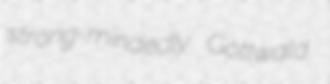
strong-mindedly Gottwald